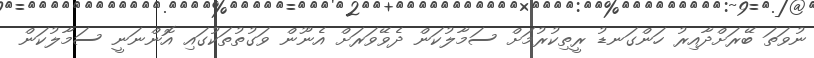
ނުވަތަ ބޭރަށްދާއިރު ހަންގަނޑު ރީތިކުރުމަށް ސަމާލުކަން ދެވޭވަރަށް އެނޫން ވަގުތުތަކުގައި އޮންނަނީ ސަމާލުކަން